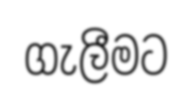
ගැලීමට